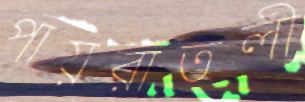
পায়রাতলী